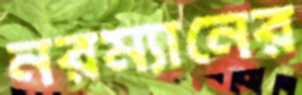
নরম্যানের